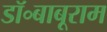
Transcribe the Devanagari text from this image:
डॉ॰बाबूराम